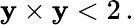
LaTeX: \mathbf{y}\times\mathbf{y}<2\, .